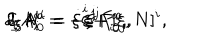
\delta _ { \xi } A _ { i } ^ { a } = - \xi ^ { j } F _ { i j } ^ { a } , \hspace { 7 m m } \delta _ { \xi } A _ { 0 } ^ { a } = - \xi ^ { j } F _ { 0 j } ^ { a } , \hspace { 7 m m } \delta _ { \xi } N ^ { i } = \dot { \xi } ^ { i } + [ \xi , N ] ^ { i } ,